Vaccination United Provinces of Agra and Oudh 1923-1928 - 1923-1928
Year: 1923
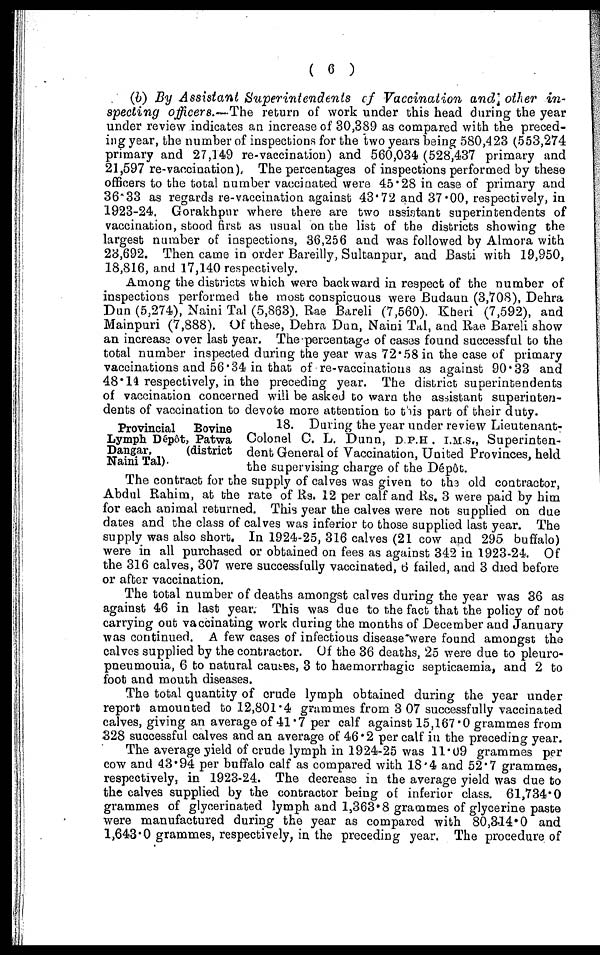
( 6 )
(b) By Assistant Superintendents of Vaccination and other in-
specting officers.—The return of work under this head during the year
under review indicates an increase of 30,389 as compared with the preced-
ing year, the number of inspections for the two years being 580,423 (553,274
primary and 27,149 re-vaccination) and 560,034 (528,437 primary and
21,597 re-vaccination), The percentages of inspections performed by these
officers to the total number vaccinated were 45.28 in case of primary and
36.33 as regards re-vaccination against 43.72 and 37.00, respectively, in
1923-24. Gorakhpur where there are two assistant superintendents of
vaccination, stood first as usual on the list of the districts showing the
largest number of inspections, 36,256 and was followed by Almora with
23,692. Then came in order Bareilly, Sultanpur, and Basti with 19,950,
18,816, and 17,140 respectively.
Among the districts which were backward in respect of the number of
inspections performed the most conspicuous were Budaun (3,708), Dehra
Dun (5,274), Naini Tal (5,863). Rae Bareli (7,560). Kheri (7,592), and
Mainpuri (7,888). Of these, Dehra Dun, Naini Tal, and Rae Bareli show
an increase over last year. The percentage of cases found successful to the
total number inspected during the year was 72.58 in the case of primary
vaccinations and 56.34 in that of re-vaccinations as against 90.33 and
48.14 respectively, in the preceding year. The district superintendents
of vaccination concerned will be asked to warn the assistant superinten-
dents of vaccination to devote more attention to this part of their duty.
Provincial Bovine
Lymph Dépôt, Patwa
Dangar,
(district
Naini Tal).
18. During the year under review Lieutenant-
Colonel C. L. Dunn, D.P.H . I.M.S., Superinten-
dent General of Vaccination, United Provinces, held
the supervising charge of the Dépôt.
The contract for the supply of calves was given to the old contractor,
Abdul Rahim, at the rate of Rs. 12 per calf and Rs. 3 were paid by him
for each animal returned. This year the calves were not supplied on due
dates and the class of calves was inferior to those supplied last year. The
supply was also short. In 1924-25, 316 calves (21 cow and 295 buffalo)
were in all purchased or obtained on fees as against 342 in 1923-24. Of
the 316 calves, 307 were successfully vaccinated, 6 failed, and 3 died before
or after vaccination.
The total number of deaths amongst calves during the year was 36 as
against 46 in last year. This was due to the fact that the policy of not
carrying out vaccinating work during the months of December and January
was continued. A few cases of infectious disease were found amongst the
calves supplied by the contractor. Of the 36 deaths, 25 were due to pleuro-
pneumouia, 6 to natural causes, 3 to haemorrhagic septicaemia, and 2 to
foot and mouth diseases.
The total quantity of crude lymph obtained during the year under
report amounted to 12,801.4 grammes from 3 07 successfully vaccinated
calves, giving an average of 41.7 per calf against 15,167.0 grammes from
328 successful calves and an average of 46.2 per calf in the preceding year.
The average yield of crude lymph in 1924-25 was 11.09 grammes per
cow and 43.94 per buffalo calf as compared with 18.4 and 52.7 grammes,
respectively, in 1923-24. The decrease in the average yield was due to
the calves supplied by the contractor being of inferior class. 61,734.0
grammes of glycerinated lymph and 1,363.8 grammes of glycerine paste
were manufactured during the year as compared with 80,314.0 and
1,643.0 grammes, respectively, in the preceding year. The procedure of